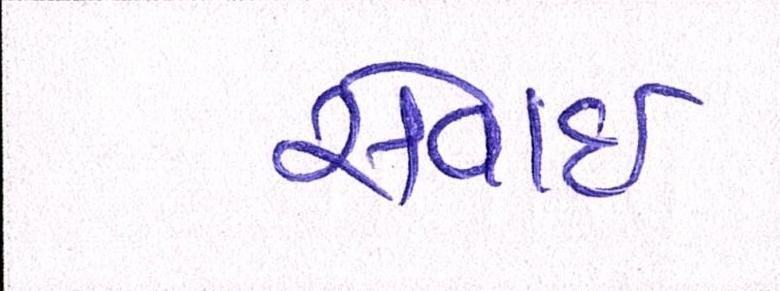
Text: સેવાઇ